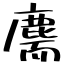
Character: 𪊫